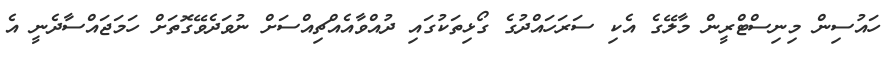
ހައުސިން މިނިސްޓްރީން މާލޭގެ އެކި ސަރަަހައްދުގެ ގޯޅިތަކުގައި ދުއްވާއެއްޗިއްސަށް ނުވަދެވޭގޮތަށް ހަމަޖައްސާދެނީ އެ